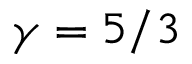
\gamma = 5 / 3